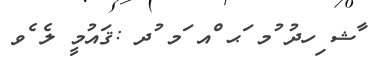
ާޝ ިހދު ުމ ަޙ ްއ ަމ ުދ :ޤައުމީ ލެ ެވ